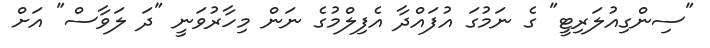
"ސިންގިއުލަރިޓީ" ގެ ނަމުގަ އުފައްދާ އެފިލްމުގެ ނަން މިހާރުވަނީ "ދަ ލަވާސް" އަށް